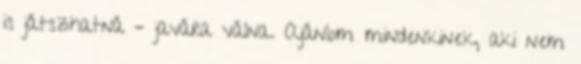
is játszhatná – javára válna. Ajánlom mindenkinek, aki nem